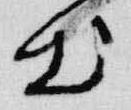
出